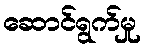
ဆောင်ရွက်မှု